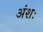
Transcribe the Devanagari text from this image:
अंशः